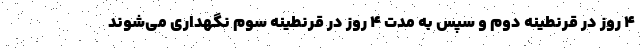
۴ روز در قرنطینه دوم و سپس به مدت ۴ روز در قرنطینه سوم نگهداری می‌شوند